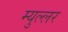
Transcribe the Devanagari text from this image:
म्युल्लर